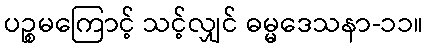
ပဉ္စမကြောင့် သင့်လျှင် ဓမ္မဒေသနာ-၁၁။